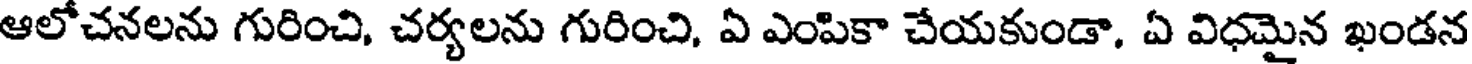
ఆలోచనలను గురించి, చర్యలను గురించి, ఏ ఎంపికా చేయకుండా, ఏ విధమైన ఖండన